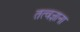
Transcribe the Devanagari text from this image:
तत्वज्ञाना